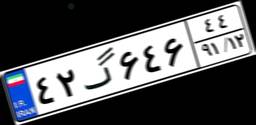
۴۲گ۶۴۶۴۴